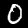
Digit: 0